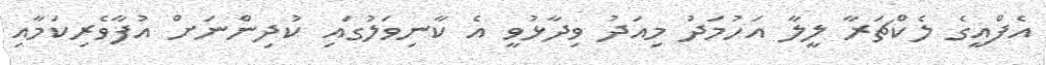
އެފްއީގެ ލެކްޗަރާ ލީލާ އަހުމަދު މިއަދު ވިދާޅުވީ އެ ކާނިވަލުގައި ކުދިންނަށް އުފާވެރިކަމާއި